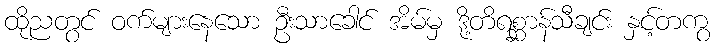
ထိုညတွင် ဝက်များနေသော ဦးသာခေါင် အိမ်မှ ဒို့တိရစ္ဆာန်သီချင်း နှင့်တကွ